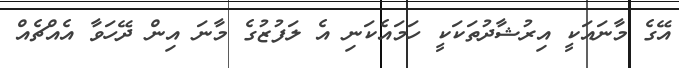
އޭގެ މާނައަކީ އިރުޝާދުތަކަކީ ހަމައެކަނި އެ ލަފުޒުގެ މާނަ އިން ދޭހަވާ އެއްޗެއް